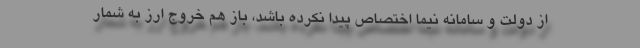
از دولت و سامانه نیما اختصاص پیدا نکرده باشد، باز هم خروج ارز به شمار